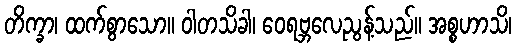
တိက္ခာ၊ ထက်စွာသော။ ဝါတသိခါ၊ ဝေရဗ္ဘလေညွန့်သည်။ အစ္စဟာသိ၊